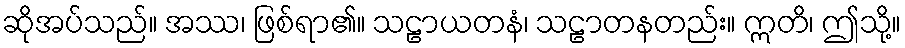
ဆိုအပ်သည်။ အဿ၊ ဖြစ်ရာ၏။ သဠာယတနံ၊ သဠာတနတည်း။ ဣတိ၊ ဤသို့။